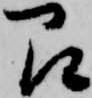
即